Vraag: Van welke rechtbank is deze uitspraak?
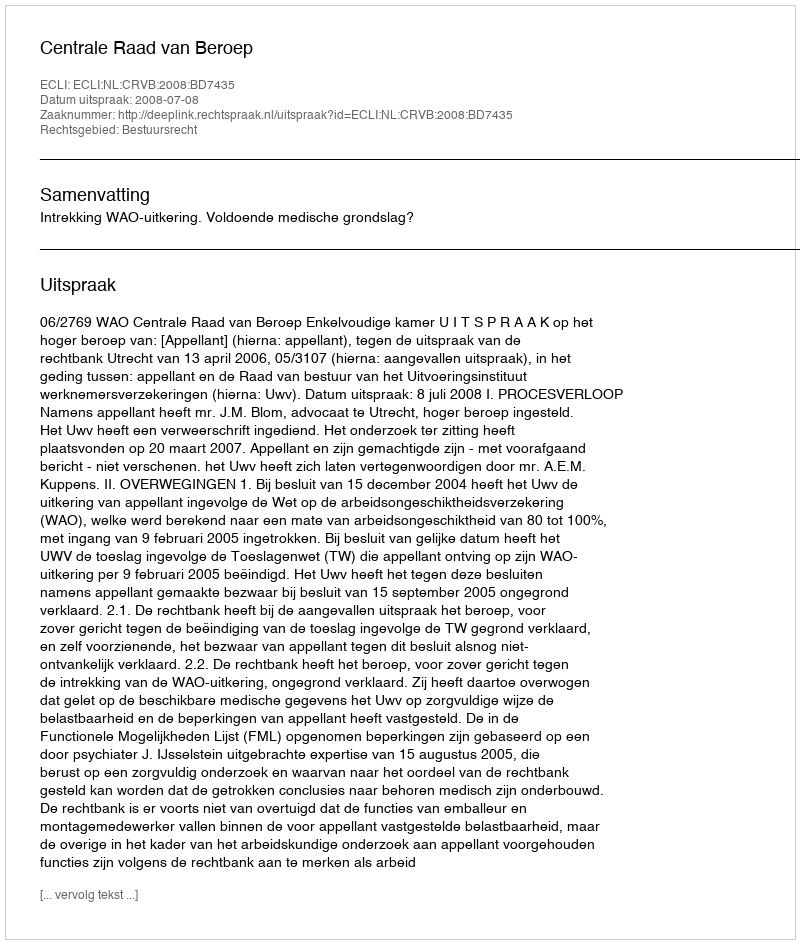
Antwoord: Centrale Raad van Beroep